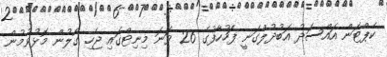
ކެޕްޓަން އައްސަދު އަބުދުލްގަނީ ފަހުހާފުގެ 26 ވަނަ މިނިޓްގައި ޖެހި ގޯލުން މޮޅުވުމުން